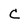
Character: C